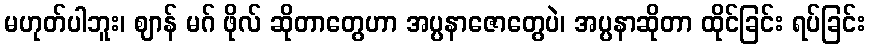
မဟုတ်ပါဘူး၊ ဈာန် မဂ် ဖိုလ် ဆိုတာတွေဟာ အပ္ပနာဇောတွေပဲ၊ အပ္ပနာဆိုတာ ထိုင်ခြင်း ရပ်ခြင်း